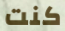
كنت